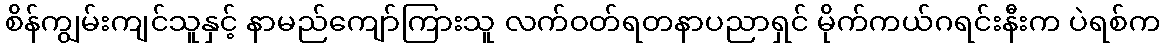
စိန်ကျွမ်းကျင်သူနှင့် နာမည်ကျော်ကြားသူ လက်ဝတ်ရတနာပညာရှင် မိုက်ကယ်ဂရင်းနီးက ပဲရစ်က